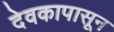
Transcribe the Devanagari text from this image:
देवकापासून